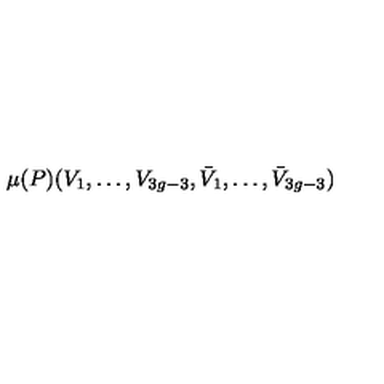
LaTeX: \mu ( P ) ( V _ { 1 } , \ldots , V _ { 3 g - 3 } , \bar { V } _ { 1 } , \ldots , \bar { V } _ { 3 g - 3 } )